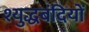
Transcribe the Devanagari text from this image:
श्युद्धबंदियों